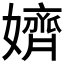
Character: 𡣙